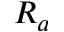
R _ { a }